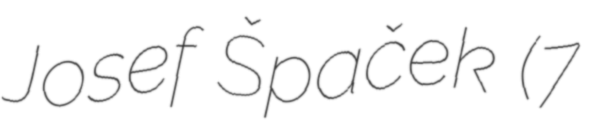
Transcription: Josef Špaček (7